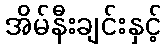
အိမ်နီးချင်းနှင့်